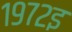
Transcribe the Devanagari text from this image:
१९७२इ